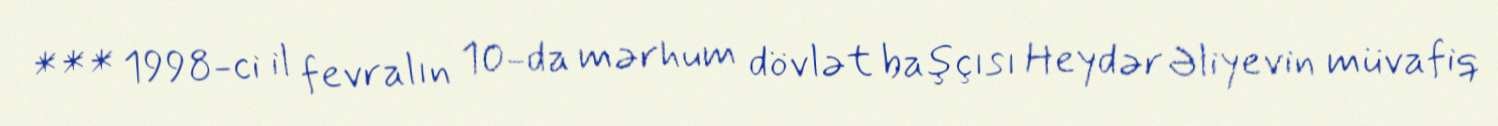
*** 1998-ci il fevralın 10-da mərhum dövlət başçısı Heydər Əliyevin müvafiq